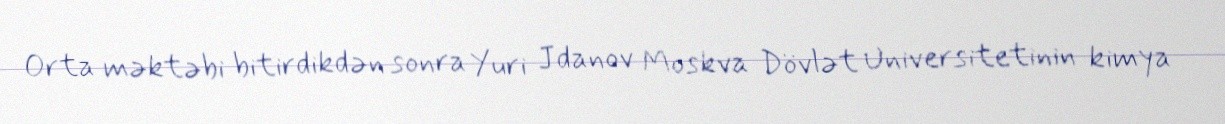
Orta məktəbi bitirdikdən sonra Yuri Jdanov Moskva Dövlət Universitetinin kimya